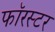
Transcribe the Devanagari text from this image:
फॉरस्टर